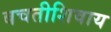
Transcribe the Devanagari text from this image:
बचतीशिवाय